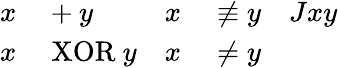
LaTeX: \begin{array}{rlrlr}{x}&{{}+y}&{x}&{{}\not\equiv y}&{Jxy}\\ {x}&{{}\mathrm{~XOR~}y}&{x}&{{}\neq y}\end{array}